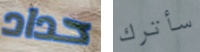
حداد سأترك